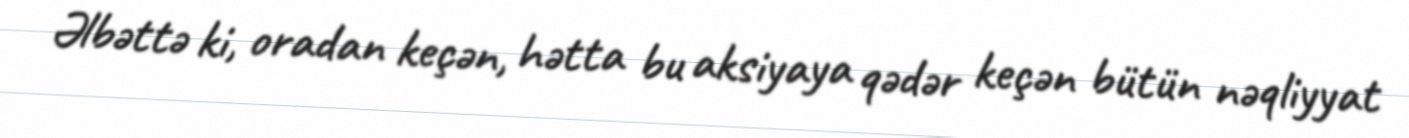
Əlbəttə ki, oradan keçən, hətta bu aksiyaya qədər keçən bütün nəqliyyat